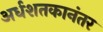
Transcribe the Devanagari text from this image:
अर्धशतकानंतर